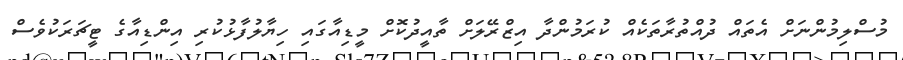
މުސްލިމުންނަށް އެތައް ދުއްތުރާތަކެއް ކުރަމުންދާ އިޒްރޭލަށް ތާއީދުކޮށް މީޑިއާގައި ހިޔާލުފާޅުކުރި އިންޑިއާގެ ޓީޗަރަކުވެސް